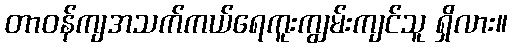
တာဝန်ကျအသက်ကယ်ရေကူးကျွမ်းကျင်သူ ရှိလား။